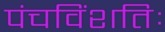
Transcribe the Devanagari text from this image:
पंचविंशतिः